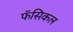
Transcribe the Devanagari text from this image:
फॅसिकल